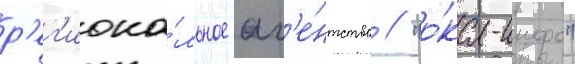
р'ег'иона́льное аг'е́нтство // "о́ка-инфо"